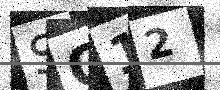
Text: SO12